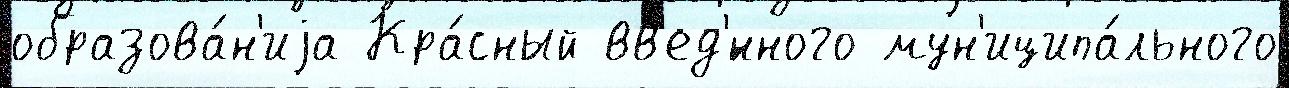
образова́н'иjа Кра́сный вв'ед'́нного мун'иципа́льного